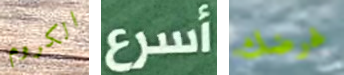
الكروم أسرع غرضك